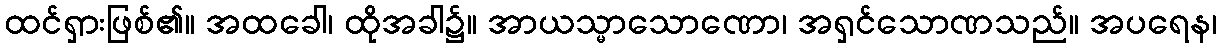
ထင်ရှားဖြစ်၏။ အထခေါ၊ ထိုအခါ၌။ အာယသ္မာသောဏော၊ အရှင်သောဏသည်။ အပရေန၊